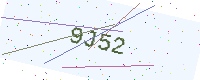
Text: 9J52